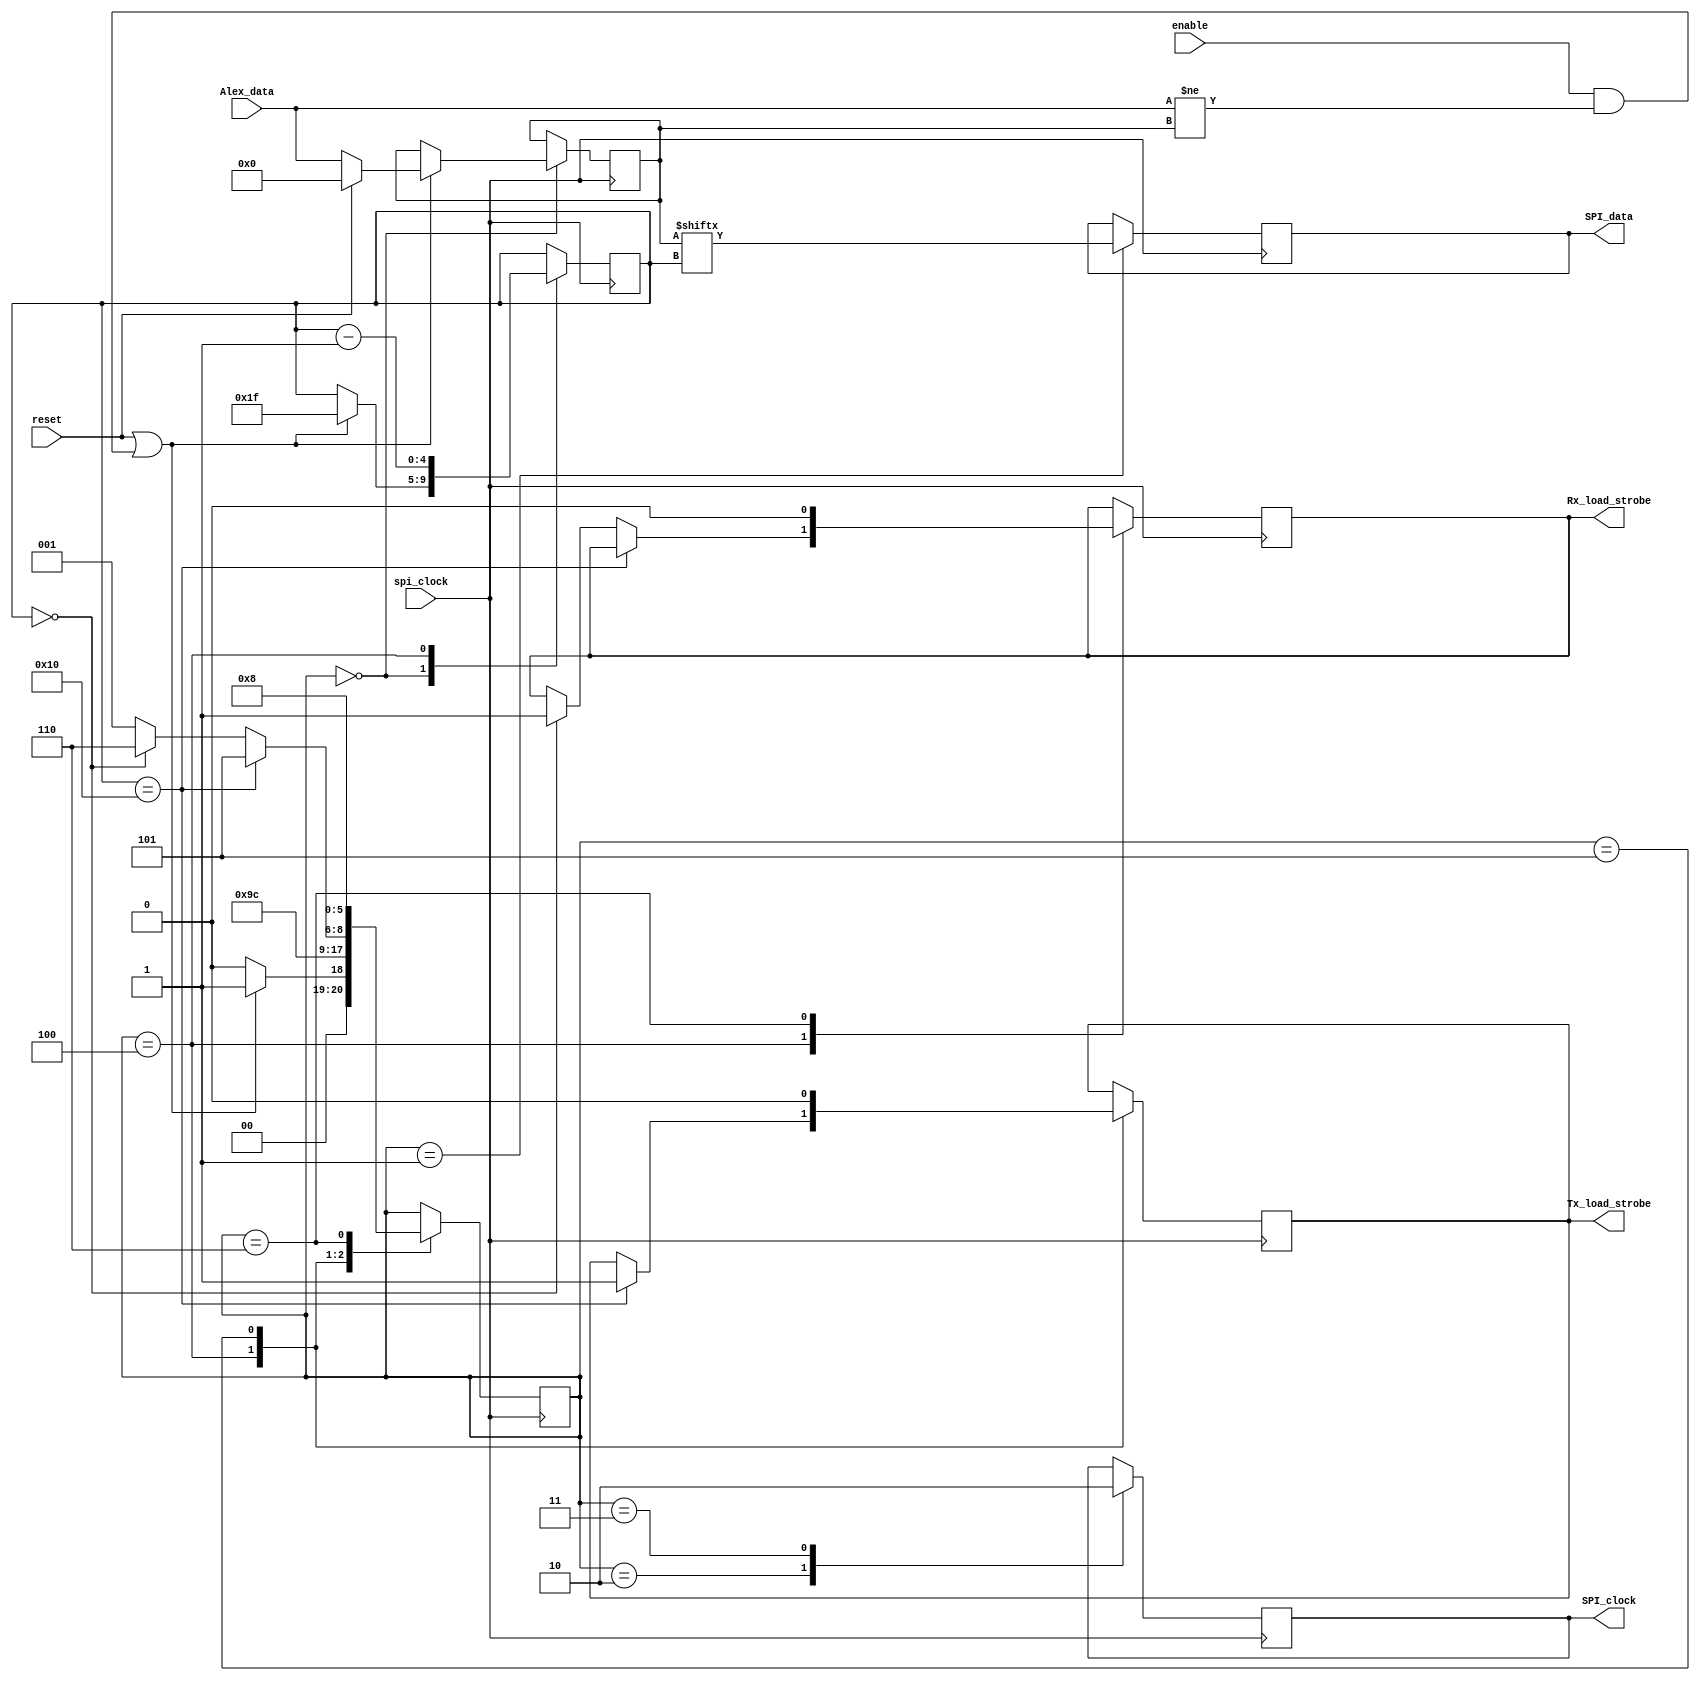
// V2.0 13th September 2014
//
// Copyright 2014 Phil Harman VK6PH
//
//  HPSDR - High Performance Software Defined Radio
//
//  Alex SPI interface.
//
//
//  This program is free software; you can redistribute it and/or modify
//  it under the terms of the GNU General Public License as published by
//  the Free Software Foundation; either version 2 of the License, or
//  (at your option) any later version.
//
//  This program is distributed in the hope that it will be useful,
//  but WITHOUT ANY WARRANTY; without even the implied warranty of
//  MERCHANTABILITY or FITNESS FOR A PARTICULAR PURPOSE.  See the
//  GNU General Public License for more details.
//
//  You should have received a copy of the GNU General Public License
//  along with this program; if not, write to the Free Software
//  Foundation, Inc., 59 Temple Place, Suite 330, Boston, MA  02111-1307  USA



//---------------------------------------------------
//		Alex SPI interface
//---------------------------------------------------


/*
	data to send to Alex Rx filters is in the folowing format:
	
		Bit 	Function 		I.C. Output
	------ 	------------ 	-----------
	Bit 00 - YELLOW LED 		U2 - D0 		All are active "High"
	Bit 01 - 13 MHz HPF 		U2 - D1
	Bit 02 - 20 MHz HPF 		U2 - D2
	Bit 03 - 6M Preamp 		U2	- D3
	Bit 04 - 9.5 MHz HPF 	U2 - D4
	Bit 05 - 6.5 MHz HPF 	U2 - D5
	Bit 06 - 1.5 MHz HPF 	U2 - D6	
	Bit 07 - N.C. 				U2 - D7
	Bit 08 - XVTR RX In 		U3 - D0
	Bit 09 - RX 2 In 			U3 - D1
	Bit 10 - RX 1 In 			U3 - D2
	Bit 11 - RX 1 Out 		U3 - D3 		Low = Default Receive Path
	Bit 12 - Bypass 			U3 - D4
	Bit 13 - 20 dB Atten. 	U3 - D5
	Bit 14 - 10 dB Atten. 	U3 - D6
	Bit 15 - RED LED 			U3 - D7		
	
	
	data to send to Alex Tx filters is in the following format:

		Bit 	Function 		I.C. Output
	------ 	------------ 	-----------
	Bit 16 - N.C. 				U2 - D0 		
	Bit 17 - N.C. 				U2 - D1
	Bit 18 - N.C. 				U2 - D2
	Bit 19 - YELLOW LED 		U2 - D3
	Bit 20 - 30/20 Meters 	U2 - D4
	Bit 21 - 60/40 Meters 	U2 - D5
	Bit 22 - 80 Meters 		U2 - D6
	Bit 24 - 160 Meters 		U2 - D7
	Bit 24 - ANT #1 			U4 - D0
	Bit 25 - ANT #2 			U4 - D1
	Bit 26 - ANT #3 			U4 - D2
	Bit 27 - T/R Relay 		U4 - D3 		Transmit is high, Rec Low
	Bit 28 - RED LED 			U4 - D4
	Bit 29 - 6 Mtrs(Bypass) U4 - D5
	Bit 30 - 12/10 Meters 	U4 - D6
	Bit 31 - 17/15 Meters 	U4 - D7	
	
	Bit number refers to Alex_data[x]
	
	SPI data is sent to Alex whenever data changes.
	On reset all outputs are set off. 

*/

module SPI(
				input reset,
				input  spi_clock,
				input enable,
				input [31:0]Alex_data,
				output reg SPI_data,
				output reg SPI_clock,
				output reg Rx_load_strobe,
				output reg Tx_load_strobe
			);

reg [2:0] spi_state;
reg [4:0] data_count;
reg [31:0] previous_Alex_data; 
//reg loop_count; 					// used to send data word twice each time data word has changed

always @ (posedge spi_clock)
begin
case (spi_state)
3'd0:	begin
		if (reset | ( enable & (Alex_data != previous_Alex_data))) begin
			previous_Alex_data <= reset ? 32'd0 : Alex_data; // save current data right away, it could change
			data_count <= 5'd31;				// set starting bit count to 31
			spi_state <= 3'd1;
		end
		else spi_state <= 3'd0;					// wait for Alex data to change
	end		
3'd1:	begin
		SPI_data <= previous_Alex_data[data_count];	// set up data to send
		spi_state <= 3'd2;
	end
3'd2:	begin
	SPI_clock <= 1'b1;					// set clock high
	spi_state <= 3'd3;
	end
3'd3:	begin
	SPI_clock <= 1'b0;					// set clock low
	spi_state <= 3'd4;
	end
3'd4:	begin
		if (data_count == 5'd16)begin		// transfer complete
			Tx_load_strobe <= 1'b1; 	// strobe Tx data
			spi_state <= 3'd5;
		end
		else if(data_count == 5'd0) begin
			Rx_load_strobe <= 1'b1;
			spi_state <= 3'd6;
		end 
		else spi_state  <= 3'd1;  			// go round again
	data_count <= data_count - 1'b1;
	end
3'd5:	begin
	Tx_load_strobe <= 1'b0;				// reset Tx strobe
	spi_state <= 3'd1;				// now do Rx data
	end
3'd6:	begin
	Rx_load_strobe <= 1'b0;				// reset Rx strobe
//	loop_count <= loop_count + 1'b1; // loop_count increments each time the SPI data word is sent after a word change is detected
//	if (loop_count == 1'b1) begin			
//			data_count <= 5'd31;		// set starting bit count to 31
//			spi_state <= 3'd1;			// send data word twice
//		end
//		else begin
			spi_state <= 3'd0;			// reset for next run
//		end
	end
	
endcase
end

endmodule